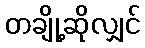
တချို့ဆိုလျှင်